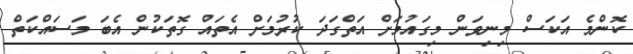
ކޮންމެ އަކަސް މިނިވަން މިގައުމަށް އަތްގަދަ ކުރުމަށް އެތައް ގޮތަކުން އެބަ މަަސައްކަތް